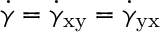
\dot { \upgamma } = \dot { \upgamma } _ { \mathrm { { x y } } } = \dot { \upgamma } _ { \mathrm { { y x } } }